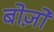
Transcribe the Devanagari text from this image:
बोज़ो